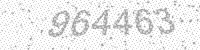
Solution: 964463